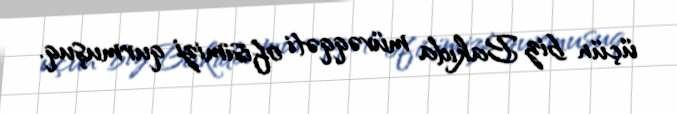
üçün biz Bakıda müvəqqəti ofisimizi qurmuşuq.